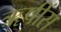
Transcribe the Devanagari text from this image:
ॠषींस